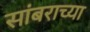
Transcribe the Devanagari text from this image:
सांबराच्या